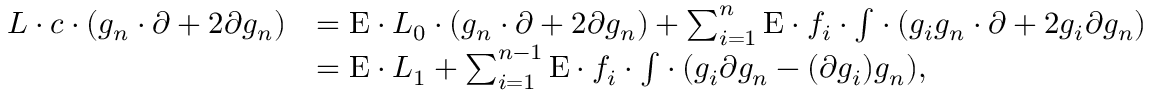
\begin{array} { r l } { L \cdot { c } \cdot ( g _ { n } \cdot \ensuremath { \partial } + 2 \ensuremath { \partial } { g _ { n } } ) } & { = \ensuremath { { \mathrm { E } } } \cdot { L _ { 0 } } \cdot ( g _ { n } \cdot \ensuremath { \partial } + 2 \ensuremath { \partial } { g _ { n } } ) + \sum _ { i = 1 } ^ { n } \ensuremath { { \mathrm { E } } } \cdot { f _ { i } } \cdot \ensuremath { { \textstyle \int } } \cdot ( g _ { i } g _ { n } \cdot \ensuremath { \partial } + 2 g _ { i } \ensuremath { \partial } { g _ { n } } ) } \\ & { = \ensuremath { { \mathrm { E } } } \cdot { L _ { 1 } } + \sum _ { i = 1 } ^ { n - 1 } \ensuremath { { \mathrm { E } } } \cdot { f _ { i } } \cdot \ensuremath { { \textstyle \int } } \cdot ( g _ { i } \ensuremath { \partial } { g _ { n } } - ( \ensuremath { \partial } { g _ { i } } ) g _ { n } ) , } \end{array}